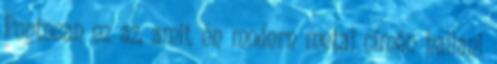
Pontosan ez az, amit én modern metal címén hallani